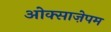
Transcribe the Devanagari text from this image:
ओक्साज़ेपम